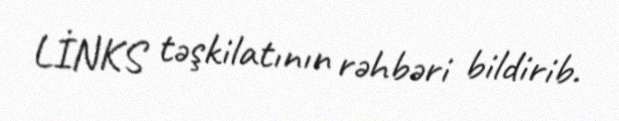
LİNKS təşkilatının rəhbəri bildirib.